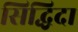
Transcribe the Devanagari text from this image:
सिद्धिदा